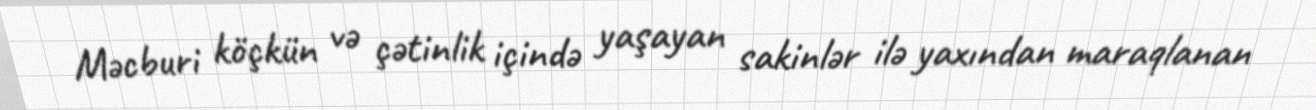
Məcburi köçkün və çətinlik içində yaşayan sakinlər ilə yaxından maraqlanan